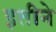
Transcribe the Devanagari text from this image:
इतीने